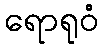
ရောရုဝံ